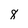
Character: 8